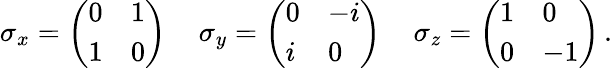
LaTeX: \sigma_{x}={\left(\begin{array}{ll}{0}&{1}\\ {1}&{0}\end{array}\right)}\, \quad\sigma_{y}={\left(\begin{array}{ll}{0}&{-i}\\ {i}&{0}\end{array}\right)}\, \quad\sigma_{z}={\left(\begin{array}{ll}{1}&{0}\\ {0}&{-1}\end{array}\right)}\, .